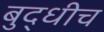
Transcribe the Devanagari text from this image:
बुद्धीच